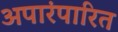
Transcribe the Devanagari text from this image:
अपारंपारित